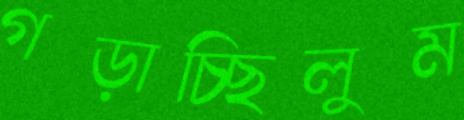
গড়াচ্ছিলুম